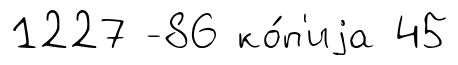
1227 -86 ко́п'иjа 45